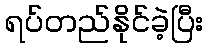
ရပ်တည်နိုင်ခဲ့ပြီး